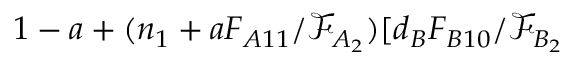
1 - a + ( n _ { 1 } + a F _ { A 1 1 } / \mathcal { F } _ { A _ { 2 } } ) [ d _ { B } F _ { B 1 0 } / \mathcal { F } _ { B _ { 2 } }